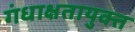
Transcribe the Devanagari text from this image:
गंधाक्षतायुक्त